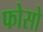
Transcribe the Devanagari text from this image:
फोसो